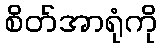
စိတ်အာရုံကို